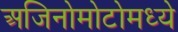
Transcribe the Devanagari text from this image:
अजिनोमोटोमध्ये